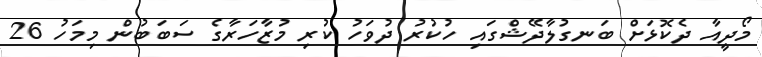
މޯދީއާ ދެކޮޅަށް ބަނގުލާދޭޝްގައި ހުކުރު ދުވަހު ކުރި މުޒާހަރާގެ ސަބަބުން މިމަހު 26